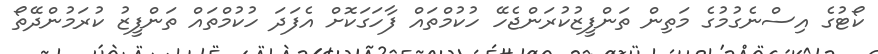
ކޯޓުގެ އިސްނެގުމުގެ މަތިން ތަންފީޒުކުރަންޖެހޭ ހުކުމްތައް ފާހަގަކޮށް އެފަދަ ހުކުމްތައް ތަންފީޒު ކުރަމުންދޭތޯ